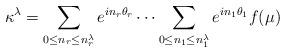
LaTeX: \begin{align*}\kappa^{\lambda}=\sum_{0\leq n_r\leq n^\lambda_r}e^{in_r\theta_r}\cdots\sum_{0\leq n_1\leq n^\lambda_1} e^{in_1\theta_1} f(\mu)\end{align*}